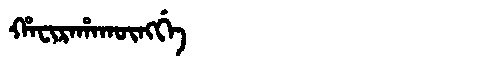
Manchu: ᡥᠠᠸᡳᡵᠠᡥᠠᡴᡡᠩᡤᡝ
Romanization: HAFIRAHAKŪNGGE